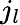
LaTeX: j_{l}